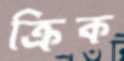
ক্রিক